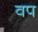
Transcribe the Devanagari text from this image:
वप